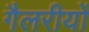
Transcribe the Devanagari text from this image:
गैलरीयों